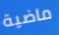
ماضية